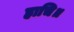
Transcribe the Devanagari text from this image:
हाचि॥